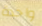
واحدة